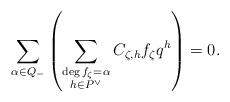
LaTeX: \begin{align*}\sum_{\alpha\in Q_-} \left(\sum_{\substack{\deg f_\zeta = \alpha \\ h\in P^\vee}} C_{\zeta, h} f_\zeta q^h\right) = 0.\end{align*}